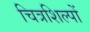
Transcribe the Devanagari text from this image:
चित्रशिल्पों